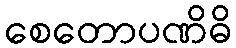
စေတောပဏိဓိ